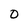
Character: 0